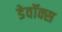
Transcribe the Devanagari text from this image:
डेवॉक्स